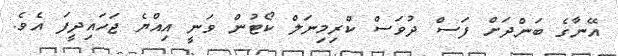
އޭނާގެ ބަންދަށް ފަސް ދުވަސް ކްރިމިިނަލް ކޯޓުން ވަނީ އިއްޔެ ޖަހައިދީފަ އެވެ.